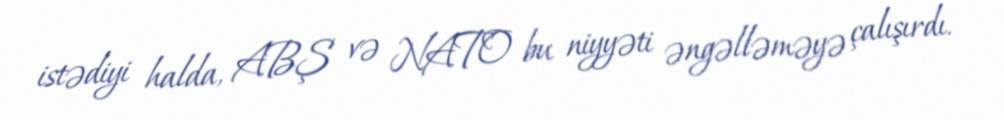
istədiyi halda, ABŞ və NATO bu niyyəti əngəlləməyə çalışırdı.